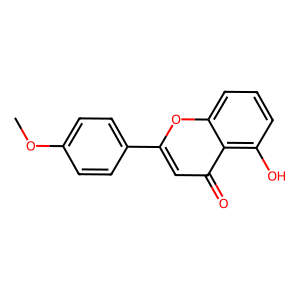
SMILES: COc1ccc(-c2cc(=O)c3c(O)cccc3o2)cc1
Inhibits HIV replication: No